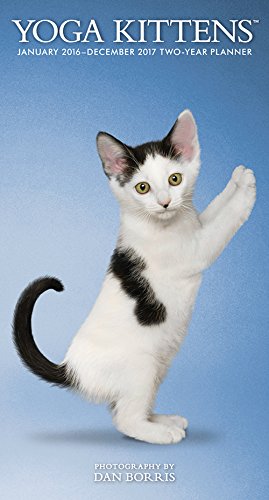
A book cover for Yoga Kittens 2016 Two-Year Pocket Planner; Browntrout Publishers; Calendars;